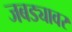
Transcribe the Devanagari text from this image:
जबड्यावर